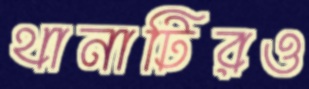
থানাটিরও